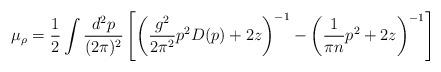
LaTeX: \begin{align*}\mu_\rho=\frac{1}{2}\int \frac{d^2p}{(2\pi)^2}\left[\left(\frac{g^2}{2\pi^2}p^2D(p)+2z\right)^{-1}-\left(\frac{1}{\pi n}p^2+2z\right)^{-1}\right]\end{align*}